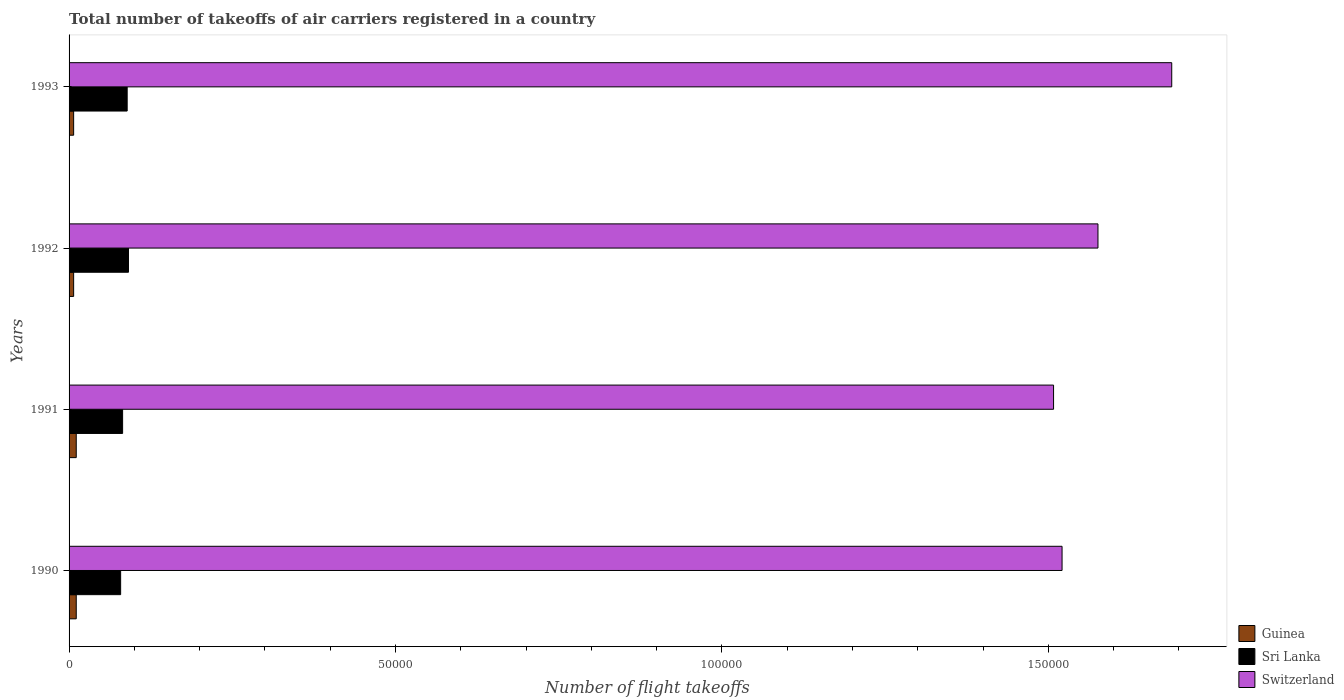
| Years | Guinea | Sri Lanka | Switzerland |
 | --- | --- | --- | --- |
 | 1990 | 1.1e+03 | 7.9e+03 | 1.52e+05 |
 | 1991 | 1.1e+03 | 8.2e+03 | 1.51e+05 |
 | 1992 | 700 | 9.1e+03 | 1.58e+05 |
 | 1993 | 700 | 8.9e+03 | 1.69e+05 |